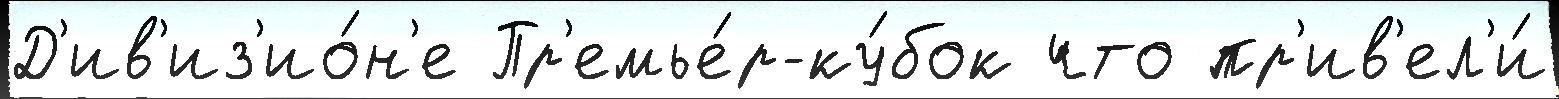
Д'ив'из'ио́н'е Пр'емье́р-ку́бок что пр'ив'ел'и́